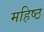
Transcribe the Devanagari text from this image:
महिष्ठ